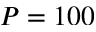
P = 1 0 0